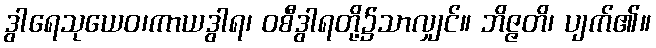
ဒွါရေသုယေဝ၊ကာယဒွါရ၊ ဝစီဒွါရတို့၌သာလျှင်။ ဘိဇ္ဇတိ၊ ပျက်၏။